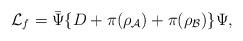
LaTeX: \begin{align*}{\cal L}_{f}={\bar \Psi}\{D+\pi(\rho_{\cal A})+\pi(\rho_{\cal B})\}\Psi,\end{align*}